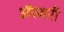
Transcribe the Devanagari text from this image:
ॲस्बरी